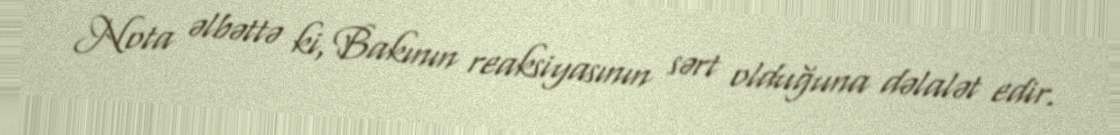
Nota əlbəttə ki, Bakının reaksiyasının sərt olduğuna dəlalət edir.